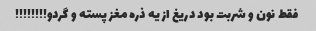
فقط نون و شربت بود دریغ از یه ذره مغز پسته و گردو!!!!!!!!